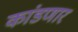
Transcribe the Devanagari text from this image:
कांडणार